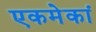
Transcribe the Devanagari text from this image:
एकमेकां